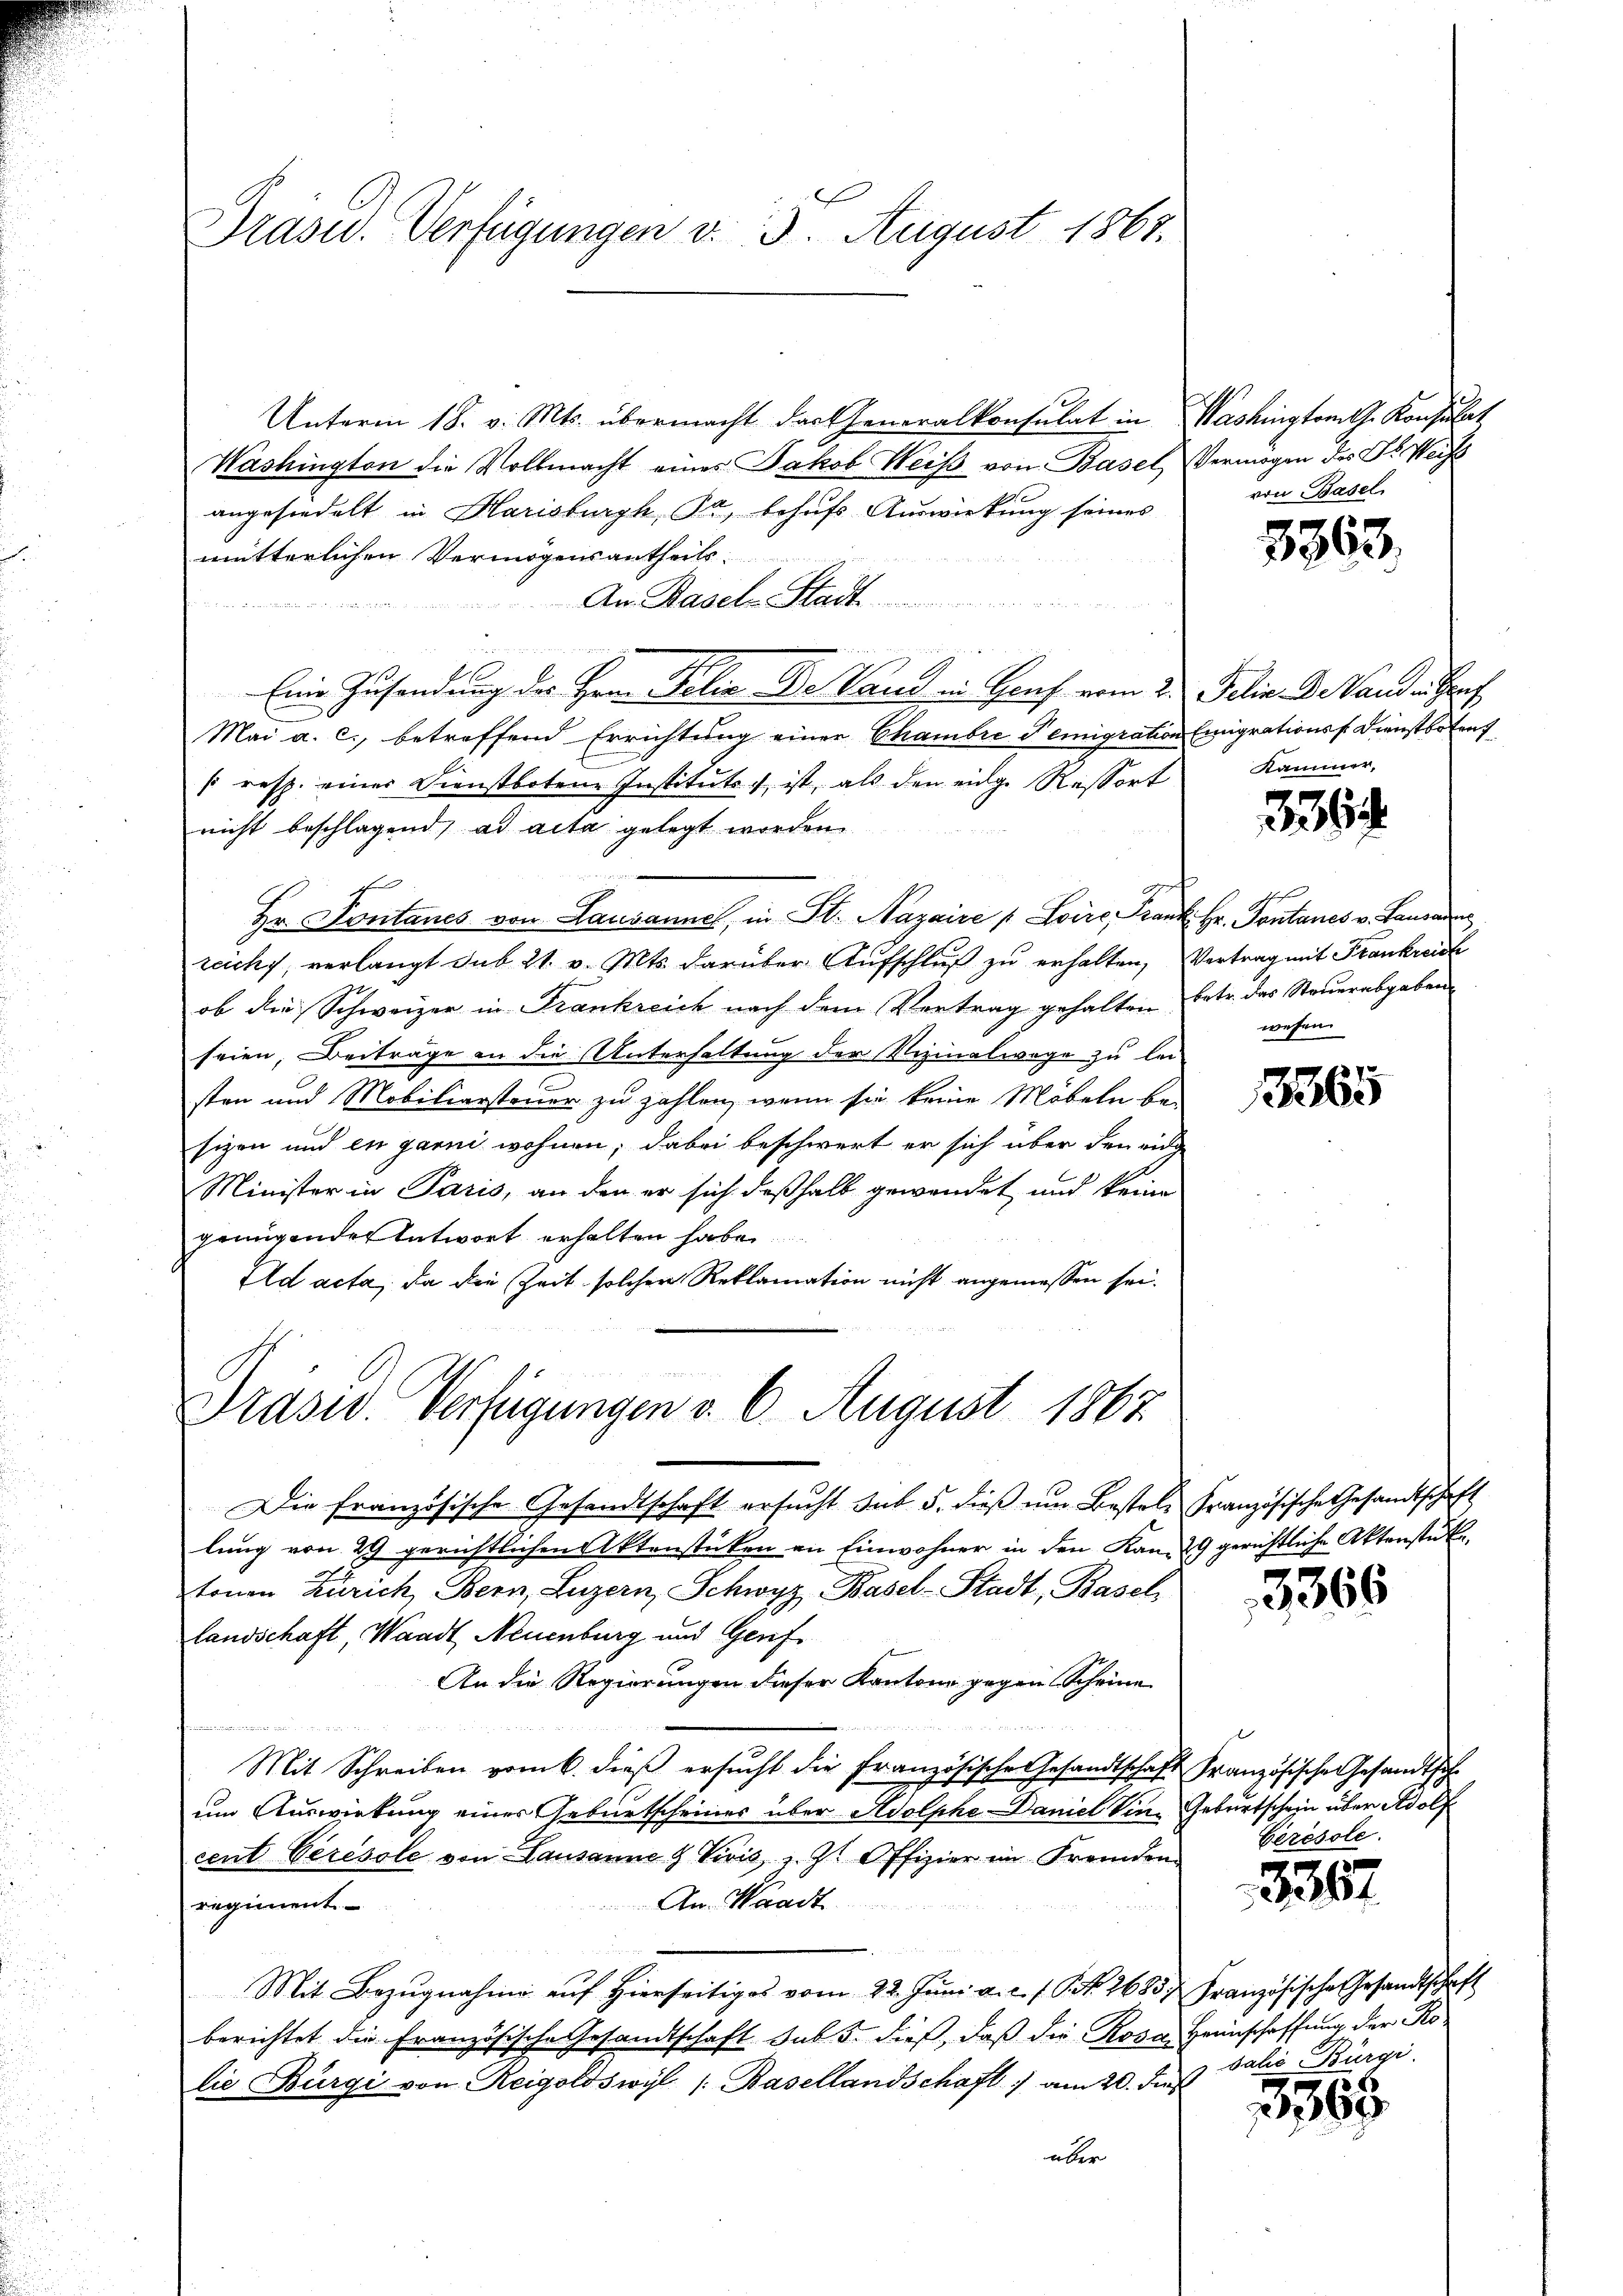
Präsid. Verfügungen v. 3. August 1867.

Unterm 18. v. Mts. übermacht das Generalkonsulat in Washingtomlg. Konsulat
Washington die Vollmacht eines Jakob Weiβ von Basel, Vermögen des Dr. Weiss
angesiedelt in Harisburgh, Ja, behufs Auswirkung seines
mutterlichen Vermögensantheils.
An Basel Stadt
4
Eine Zusendung der Herr Felix Be Vaud in Graf vom 2. Jelis.-B. Banden Gru
Mai a. c., betreffend Errichtung einer Chambre Temigration Emigrationss. Dienstbotenf
(resp. einer Dienstbotene Instituts ist, als den einge Ressort
nicht beschlagend, ad acta gelegt worden.
Hr. Fontanes von Lausanne, in St. Nazaire / Loire, Frank Hr. Pontanes v. Lausanne
ruch, verlangt sub 21. v. Mts. darüber Aufschluß zu erhalten, Vertrag mit Frankreich
ob der Schweizer in Frankreich nach dem Vertrag gehalten betr. das Steuerabgaben
seien, Beiträge an die Unterhaltung der Vizinalwege zu lei-
sten und Mobiliarsteuer zu zahlen, wenn sie keine Möbeln be-
sizen und in garni wohnen; dabei beschwert er sich über den eide
Minister in Paris, an den er sich deßhalb gewendet und keine
genügender Entwort erhalten habe
Ad acta, da die Zeit solcher Reklamation nicht angemessen sei.

Drasw. Verfügungen v. 6. August 1867.

von Basel

Die französische Gesandtschaft ersŭcht sub 5. dieß um Bestele Französische Gesandtschaft
lung von 29 gerichtlichen Aktenstücken an Einwohner in den Kam 29 gerichtliche Aktenstück
tonen Zürich, Bern, Luzern, Schwyz, Basel-Stadt, Basel
landschaft, Waadt, Neuenburg und Genf
An die Regierungen dieser Kantone gegen Scheine

e
Mit Schreiben vom 6. dieß ersucht die Französische Gesandtschaft Französische Gesandthofum Auswirkung einer Geburtscheines über Adolphe-Daniel in Geburtschein über Adolf
cent Ceresole von Lausanne & Vivis, s. Z. Offizier im Fremden
An Waadt
regiment
Mit Bezŭgnahme aŭf hierseitiges vom 22. Jŭni a.c. s. S. Nr. 2683 Französische Gesandtschaft
berichtet die Französische Gesandtschaft sub 5. dieβ, daβ die Rosa Heinschaffung der Kolie Bürgi von Reigoldswyl /: Basellandschaft am 20. des Talić Bürgi
über

8363.

Kammer,

3267

wesen.

3365

3366

Ceresole.

335

3367